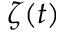
\zeta ( t )